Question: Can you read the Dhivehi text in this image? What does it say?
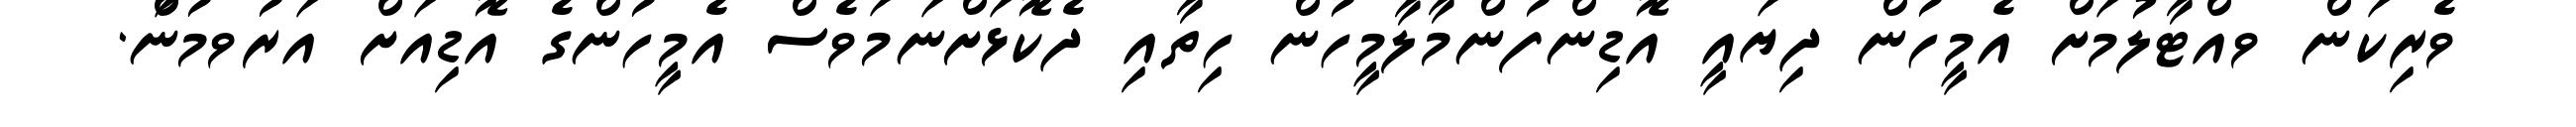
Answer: ވެރިކަން ވއްޓާލުމަށް އެމީހުން ދިޔައީ އޮޑިންފުންމާލާމީހުން ހިތާއި ދެކޮޅަށްނަމަވެސް އެމީހުންގެ އޮޑިއަށް އަރުވމުނަް.